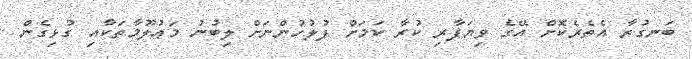
ބަނގުރާ އެތެރެކޮށް އޭގެ ވިޔަފާރި ކުރާ ކަމަށް ފުލުހުންނަށް ލިބުނު މަޢުލޫމާތަކާއި ގުޅިގެން